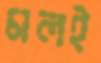
মলই